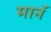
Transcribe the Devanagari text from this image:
मानॅ